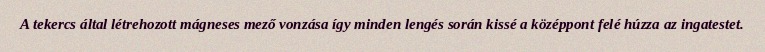
A tekercs által létrehozott mágneses mező vonzása így minden lengés során kissé a középpont felé húzza az ingatestet.